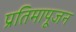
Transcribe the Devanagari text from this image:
प्रतिमापूजन